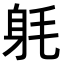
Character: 𨈥